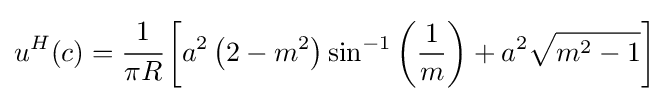
u^{H}(c)={\cfrac {1}{\pi R}}\left[a^{2}\left(2-m^{2}\right)\sin ^{-1}\left({\frac {1}{m}}\right)+a^{2}{\sqrt {m^{2}-1}}\right]